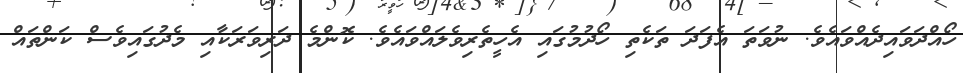
ހޯއްދަވައިދެއްވައެވެ. ނުވަތަ އެފަދަ ތަކެތި ހޯދުމުގައި އެހީތެރިވެލައްވައެވެ. ކޮންމެ ދަރިވަރަކާއި މެދުގައިވެސް ކަންތައް